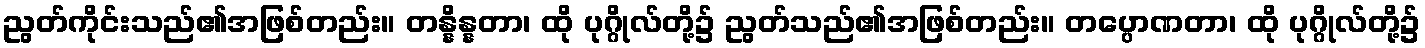
ညွတ်ကိုင်းသည်၏အဖြစ်တည်း။ တန္နိန္နတာ၊ ထို ပုဂ္ဂိုလ်တို့၌ ညွတ်သည်၏အဖြစ်တည်း။ တပ္ပောဏတာ၊ ထို ပုဂ္ဂိုလ်တို့၌